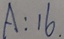
A : 1 6 .